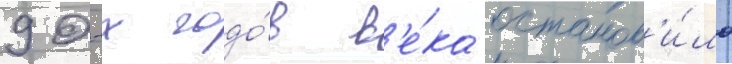
90-х годо́в в'е́ка останов'и́ло